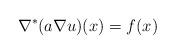
LaTeX: \begin{align*} \nabla^*(a \nabla u)(x) = f(x) \end{align*}